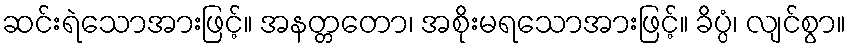
ဆင်းရဲသောအားဖြင့်။ အနတ္တတော၊ အစိုးမရသောအားဖြင့်။ ခိပ္ပံ၊ လျင်စွာ။